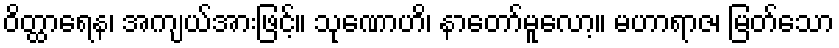
ဝိတ္ထာရေန၊ အကျယ်အားဖြင့်။ သုဏောဟိ၊ နာတော်မူလော့။ မဟာရာဇ၊ မြတ်သော